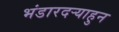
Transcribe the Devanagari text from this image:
भंडारदऱ्याहुन